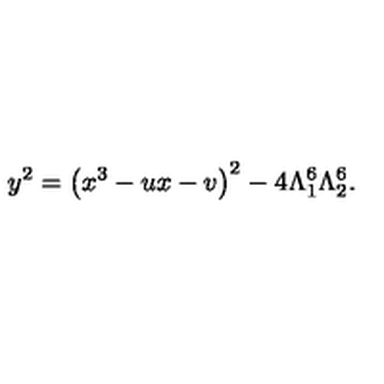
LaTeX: y ^ { 2 } = \left( x ^ { 3 } - u x - v \right) ^ { 2 } - 4 \Lambda _ { 1 } ^ { 6 } \Lambda _ { 2 } ^ { 6 } .